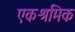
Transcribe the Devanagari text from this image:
एकश्रमिक